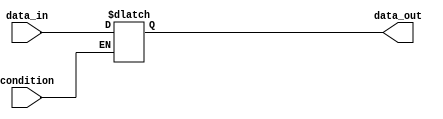
module simple_assign(
    input wire condition,
    input wire data_in,
    output reg data_out
);

always @(*) begin
    if (condition) begin
        data_out = data_in;
    end
end

endmodule